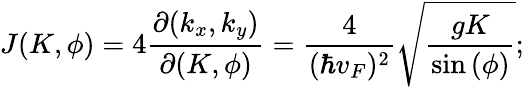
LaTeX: J(K,\phi)=4\frac{\partial(k_{x},k_{y})}{\partial(K,\phi)}=\frac{4}{(\hbar v_{F})^{2}}\sqrt{\frac{gK}{\sin{(\phi)}}};